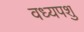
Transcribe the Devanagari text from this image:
वध्यपशु